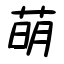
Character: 萌